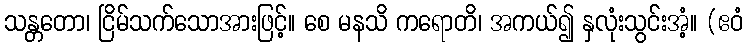
သန္တတော၊ ငြိမ်သက်သောအားဖြင့်။ စေ မနသိ ကရောတိ၊ အကယ်၍ နှလုံးသွင်းအံ့။ (ဧဝံ